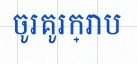
ចូរគូរក្រាប